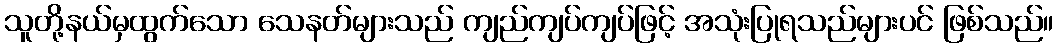
သူတို့နယ်မှထွက်သော သေနတ်များသည် ကျည်ကျပ်ကျပ်ဖြင့် အသုံးပြုရသည်များပင် ဖြစ်သည်။